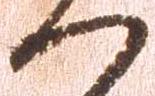
へ